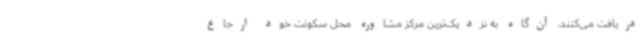
دریافت می‌کنند، آن‌گاه به نزدیک‌ترین مرکز مشاوره محل سکونت خود ارجاع